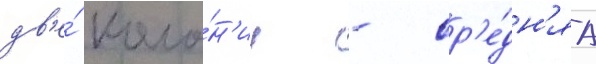
дв'е́ коло́н'ии - ср'е́дн'яа